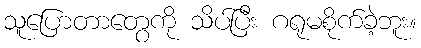
သူပြောတာတွေကို သိပ်ပြီး ဂရုမစိုက်ခဲ့ဘူး။